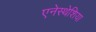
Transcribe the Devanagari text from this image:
एनेस्थेशिया